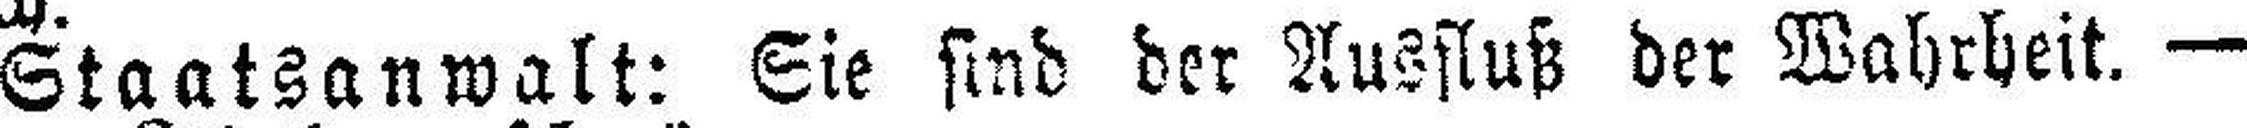
Staatsanwalt: Sie sind der Ausfluß der Wahrheit. —